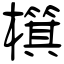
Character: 檱